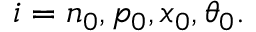
i = n _ { 0 } , p _ { 0 } , x _ { 0 } , \theta _ { 0 } .